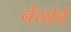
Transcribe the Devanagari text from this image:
नेस्लेचे